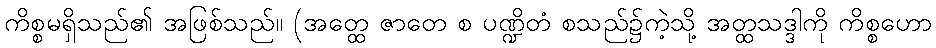
ကိစ္စမရှိသည်၏ အဖြစ်သည်။ (အတ္ထေ ဇာတေ စ ပဏ္ဍိတံ စသည်၌ကဲ့သို့ အတ္ထသဒ္ဒါကို ကိစ္စဟော